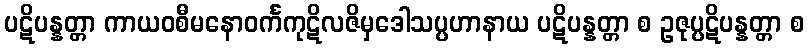
ပဋိပန္နတ္တာ ကာယဝစီမနောဝင်္ကကုဋိလဇိမှဒေါသပ္ပဟာနာယ ပဋိပန္နတ္တာ စ ဥဇုပ္ပဋိပန္နတ္တာ စ